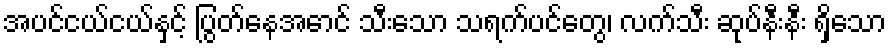
အပင်ငယ်ငယ်နှင့် ပြွတ်နေအောင် သီးသော သရက်ပင်တွေ၊ လက်သီး ဆုပ်နီးနီး ရှိသော